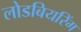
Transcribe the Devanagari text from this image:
लोडबियरिंग